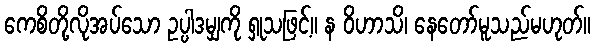
ကေစိတို့လိုအပ်သော ဥပ္ပါဒမျှကို ရှုသဖြင့်။ န ဝိဟာသိ၊ နေတော်မူသည်မဟုတ်။